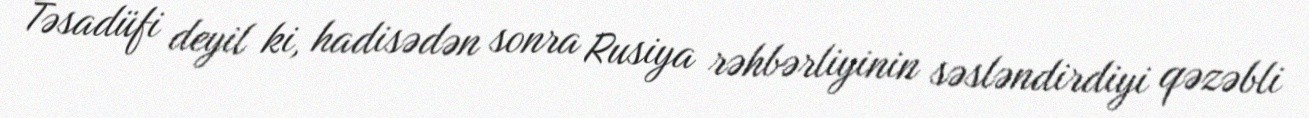
Təsadüfi deyil ki, hadisədən sonra Rusiya rəhbərliyinin səsləndirdiyi qəzəbli